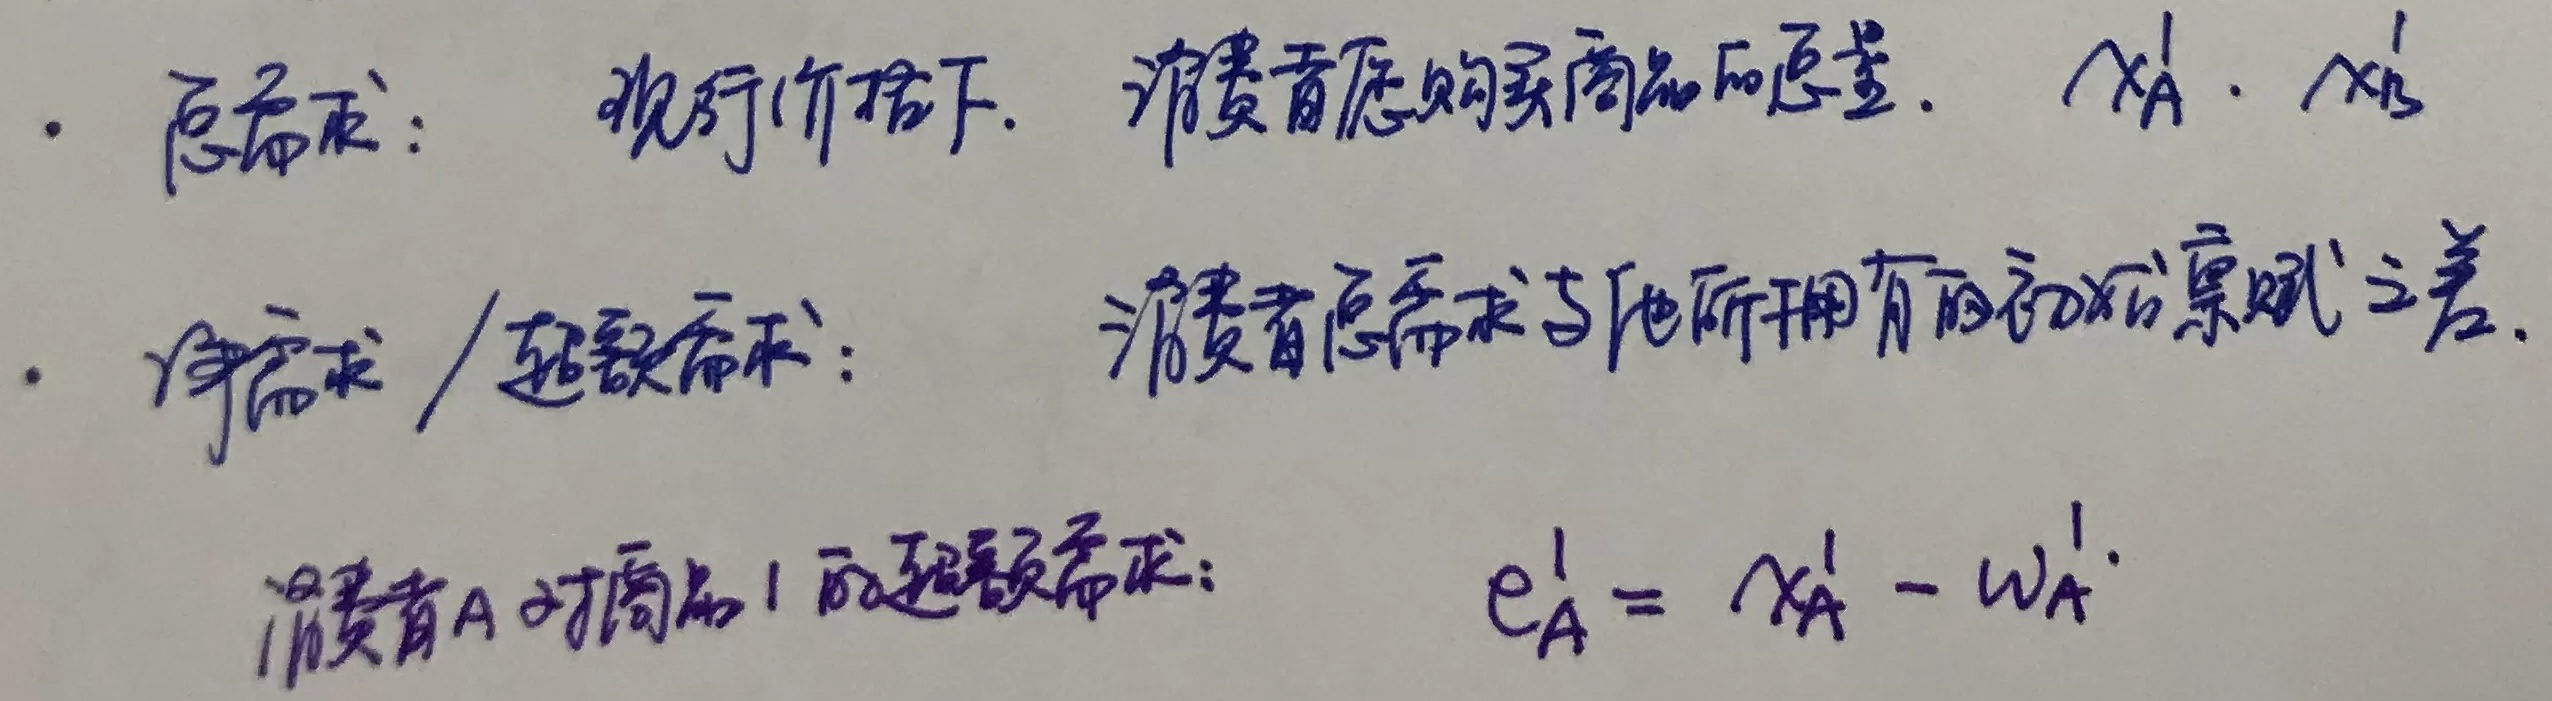
总需求：现行价格下，消费者愿购买商品的总量，如\(x_A^1\)，\(x_B^1\)。

净需求 / 超额需求：消费者总需求与他所拥有的初始禀赋之差。

消费者A对商品1的超额需求：\(e_A^1 = x_A^1 - w_A^1\)